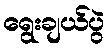
ရွေးချယ်ပွဲ